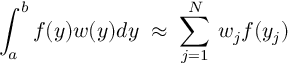
\int _ { a } ^ { b } f ( y ) w ( y ) d y \; \approx \; \sum _ { j = 1 } ^ { N } \, w _ { j } f ( y _ { j } )